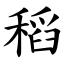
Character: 稻